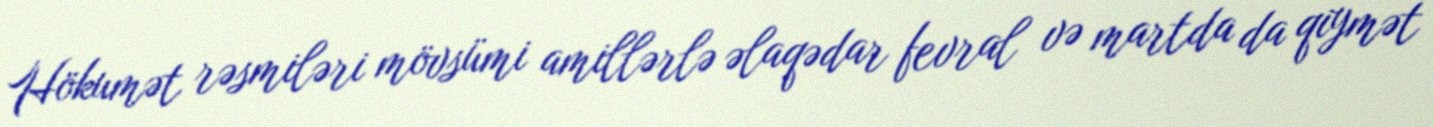
Hökumət rəsmiləri mövsümi amillərlə əlaqədar fevral və martda da qiymət